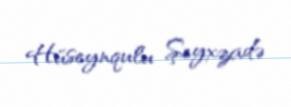
Hüseynqulu Şeyxzadə